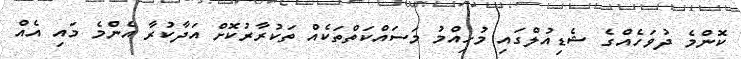
ކޮންމެ ދުވަހެއްގެ ޝެޑިއުލްގައި މުހިއްމު މަސައްކަތްތަކެއް ތަކުރާރުކޮށް އަދާކުރާ އެންމެ މައި އެއް